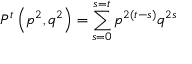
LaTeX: P ^ { t } \left( p ^ { 2 } , q ^ { 2 } \right) = \sum _ { s = 0 } ^ { s = t } p ^ { 2 \left( t - s \right) } q ^ { 2 s }